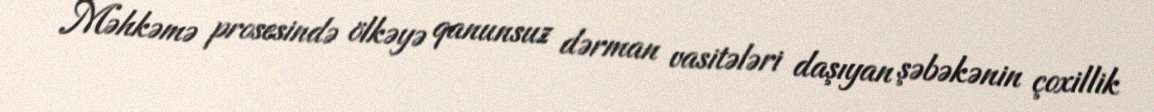
Məhkəmə prosesində ölkəyə qanunsuz dərman vasitələri daşıyan şəbəkənin çoxillik